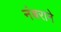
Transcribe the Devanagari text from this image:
नंबराने